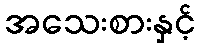
အသေးစားနှင့်